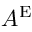
A ^ { \mathrm { E } }